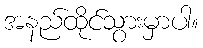
အနည်ထိုင်သွားမှာပါ။